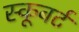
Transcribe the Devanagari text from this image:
स्कूबर्ट